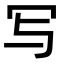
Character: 写